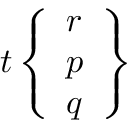
t \left\{ { \begin{array} { l } { r } \\ { p } \\ { q } \end{array} } \right\}